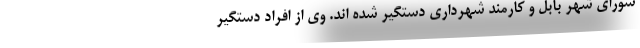
شورای شهر بابل و کارمند شهرداری دستگیر شده اند. وی از افراد دستگیر